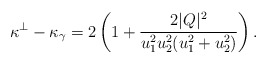
\begin{align*}\kappa^\perp -\kappa_\gamma = 2\left(1+\frac{2|Q|^2}{u_1^2u_2^2(u_1^2+u_2^2)}\right).\end{align*}